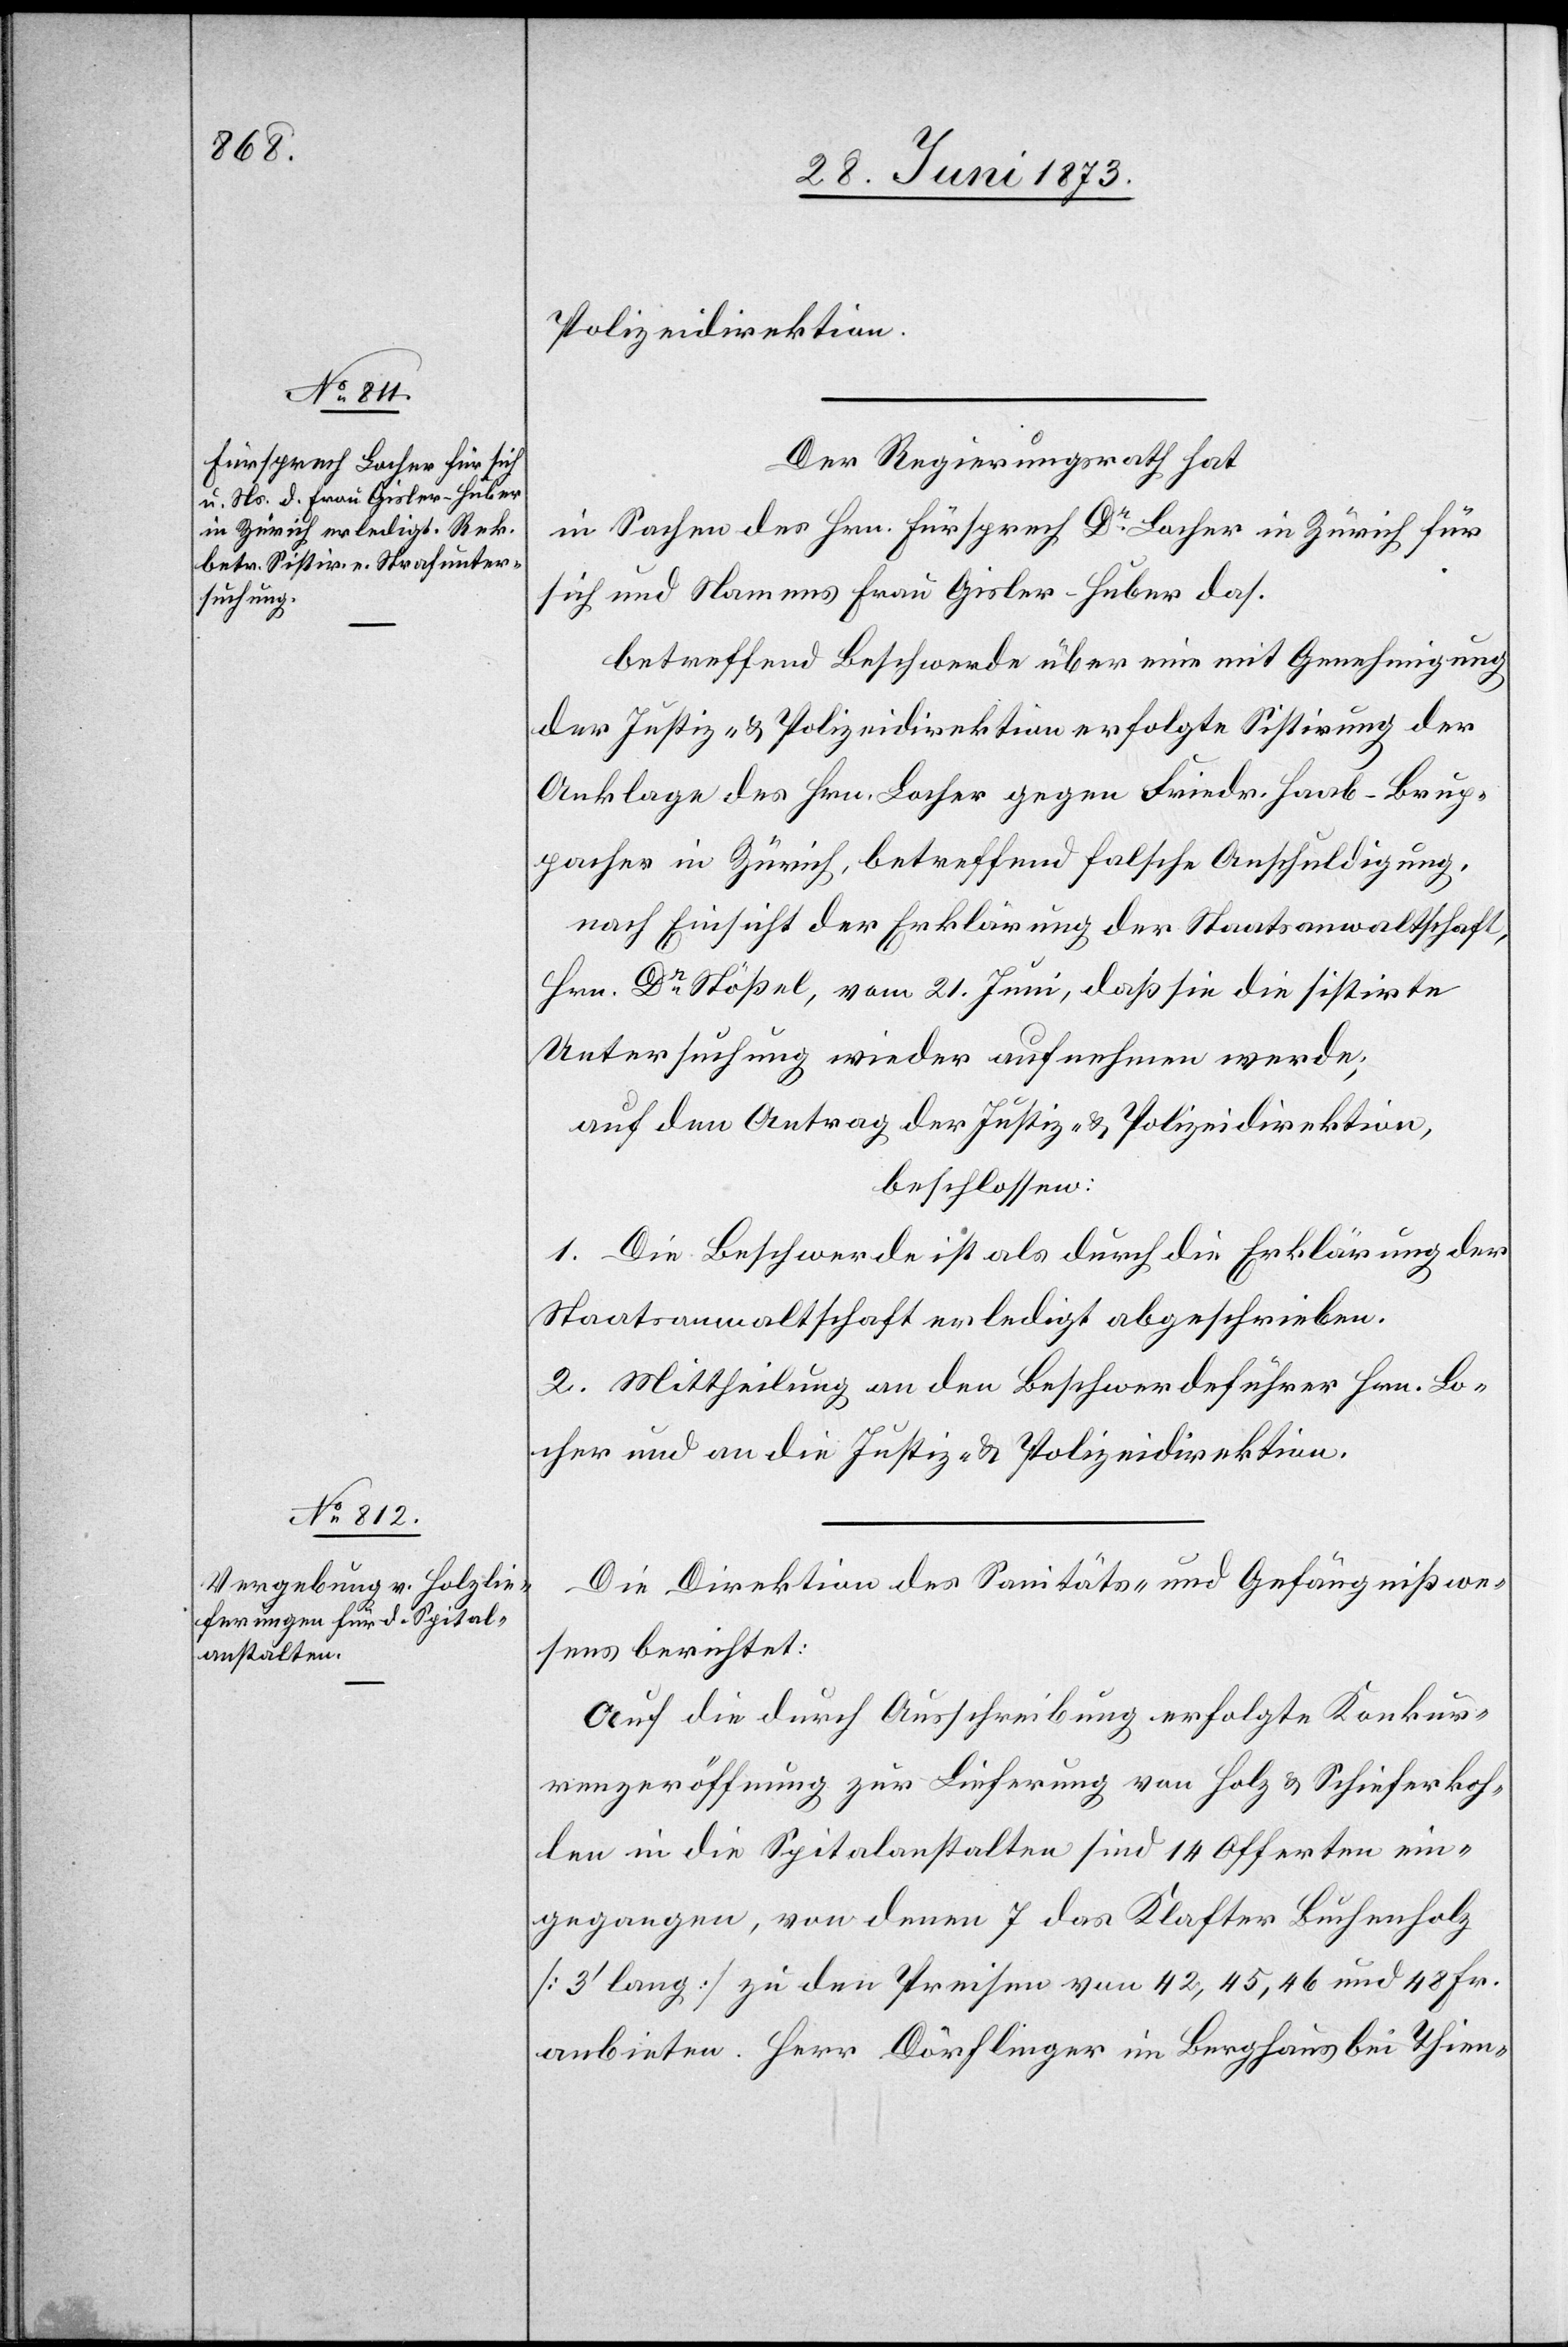
Polizeidirektion.
Der Regierungsrath hat
in Sachen des Hrn. Fürsprech Dr Locher in Zürich für
sich und Namens Frau Gisler-Huber das.
betreffend Beschwerde über eine mit Genehmigung
der Justiz- & Polizeidirektion erfolgte Sistirung der
Anklage des Hrn. Locher gegen Friedr. Haab-Brup¬
pacher in Zürich, betreffend falsche Anschuldigung,
nach Einsicht der Erklärung der Staatsanwaltschaft,
Hrn. Dr Stößel, vom 21. Juni, daß sie die sistirte
Untersuchung wieder aufnehmen werde;
auf den Antrag der Justiz- & Polizeidirektion,
beschlossen:
1. Die Beschwerde ist als durch die Erklärung der
Staatsanwaltschaft erledigt abgeschrieben.
2. Mittheilung an den Beschwerdeführer Hrn. Lo¬
cher und an die Justiz- & Polizeidirektion.
Die Direktion des Sanitäts- und Gefängnißwe¬
sens berichtet:
Auf die durch Ausschreibung erfolgte Konkur¬
renzeröffnung zur Lieferung von Holz & Schieferkoh¬
len in die Spitalanstalten sind 14 Offerten ein¬
gegangen, von denen 7 das Klafter Buchenholz
[3‘ lang] zu den Preisen von 42, 45, 46 und 48 Fr.
anbieten. Herr Dörflinger im Berghaus bei Thien-